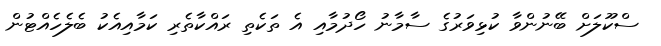
ސްކޫލަށް ބޭނުންވާ ކުޅިވަރުގެ ސާމާނު ހޯދުމާއި އެ ތަކެތި ރައްކާތެރި ކަމާއިއެކު ބެލެހެއްޓުން